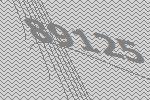
89125